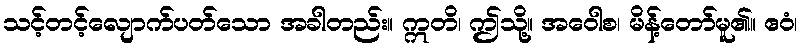
သင့်တင့်လျောက်ပတ်သော အခါတည်း။ ဣတိ၊ ဤသို့။ အဝေါစ၊ မိန့်တော်မူ၏။ ဧဝံ၊